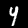
Label: 4